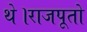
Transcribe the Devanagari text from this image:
थे।राजपूतो